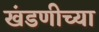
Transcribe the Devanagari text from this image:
खंडणीच्या